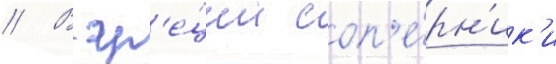
// В гр'е́ции соп'е́рн'ик'и